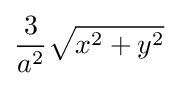
{3 \over a^{2}}{\sqrt {x^{2}+y^{2}}}